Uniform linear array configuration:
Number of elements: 4
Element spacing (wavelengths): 0.25
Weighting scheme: binomial
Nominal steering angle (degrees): -30
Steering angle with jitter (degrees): -28.646
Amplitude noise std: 0.05
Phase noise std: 0.05

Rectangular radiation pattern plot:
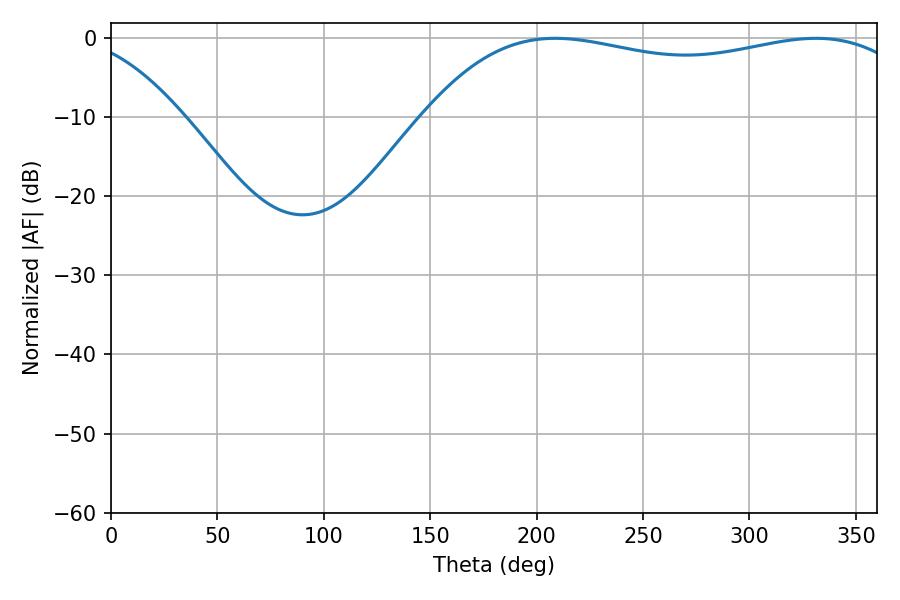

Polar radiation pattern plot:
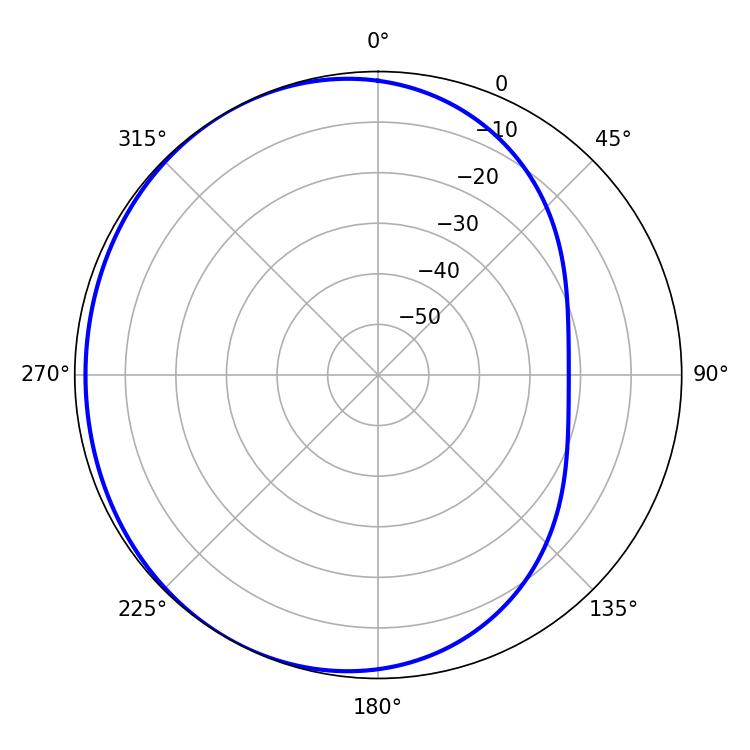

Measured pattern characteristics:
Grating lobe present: FALSE
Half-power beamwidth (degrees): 187.38
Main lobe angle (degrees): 208.8